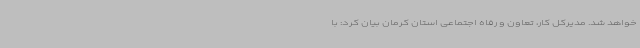
خواهد شد. مدیرکل کار، تعاون و رفاه اجتماعی استان کرمان بیان کرد: با